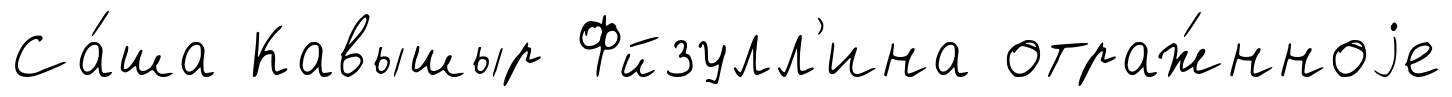
Са́ша Кавышыр Фйзулл'ина отраж́нноjе